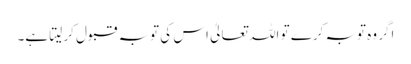
اگر وہ توبہ کرے تو اللہ تعالیٰ اس کی توبہ قبول کر لیتا ہے۔